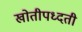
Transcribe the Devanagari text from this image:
खोतीपध्दती